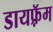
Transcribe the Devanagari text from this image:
डायफ़्रॅम